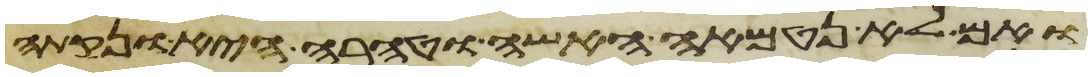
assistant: ואם לא נטמאה האשה וטהרה היא ונקתה